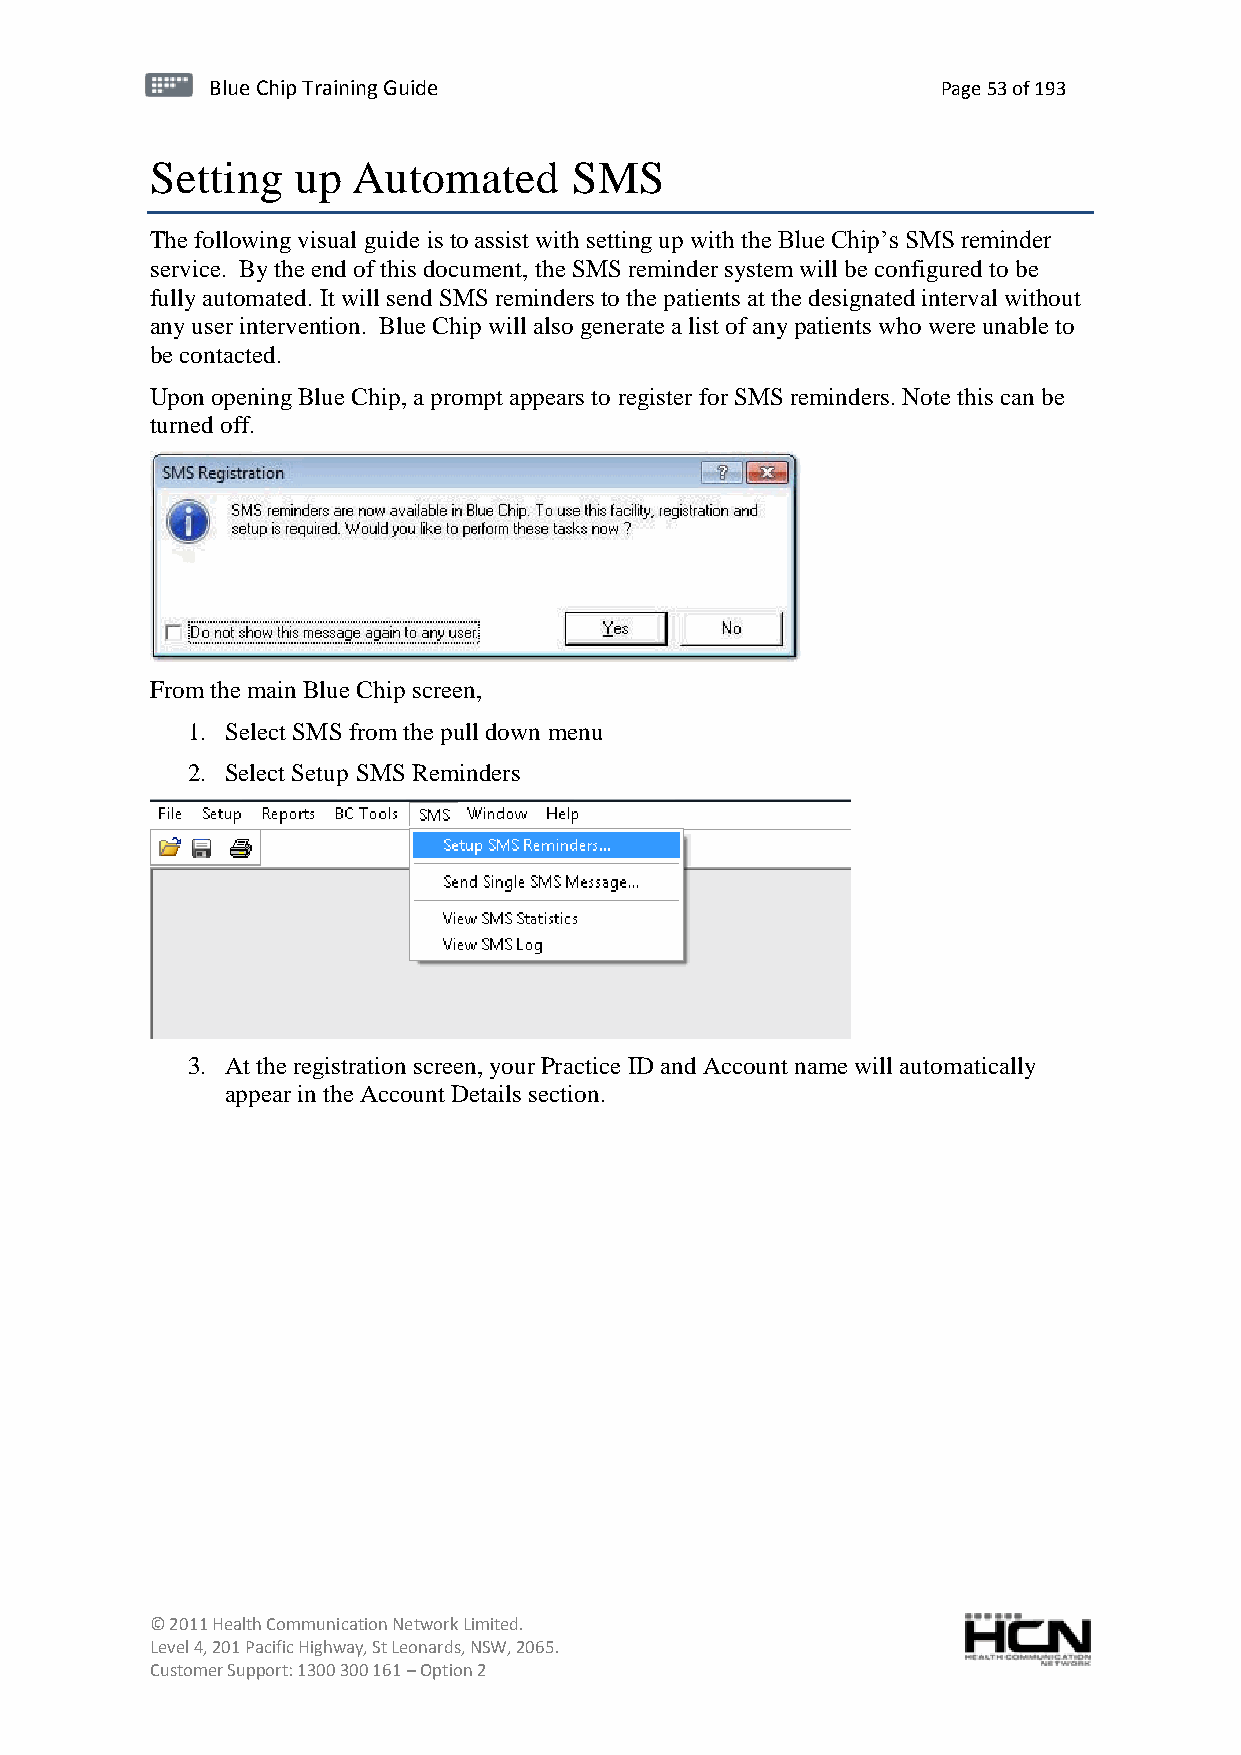
BBlluuee C Chihpi pTr Tairnainingi Gnugi dGeu ide Page 53 of 193
 Setting   up Automated      SMS
 The following visual guide is to assist with setting up with the Blue Chip’s SMS reminder
 service. By the end of this document, the SMS reminder system will be configured to be
 fully automated. It will send SMS reminders to the patients at the designated interval without
 any user intervention. Blue Chip will also generate a list of any patients who were unable to
 be contacted.
 Upon opening Blue Chip, a prompt appears to register for SMS reminders. Note this can be
 turned off.
 From the main Blue Chip screen,
 1. Select SMS from the pull down menu
 2. Select Setup SMS Reminders
 3. At the registration screen, your Practice ID and Account name will automatically
 appear in the Account Details section.
 © 2011 Health Communication Network Limited.
 Level 4, 201 Pacific Highway, St Leonards, NSW, 2065.
 Customer Support: 1300 300 161 – Option 2